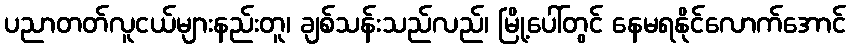
ပညာတတ်လူငယ်များနည်းတူ၊ ချစ်သန်းသည်လည်၊ မြို့ပေါ်တွင် နေမရနိုင်လောက်အောင်